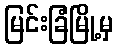
မြင်းခြံမြို့မှ